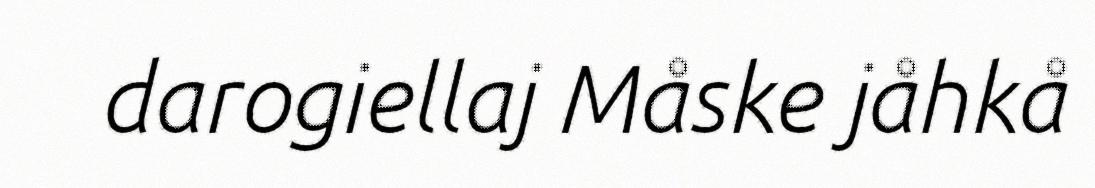
darogiellaj Måske jåhkå